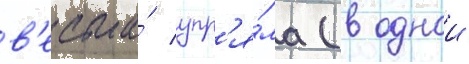
в'есьма́ упр'я́ма (в однои